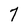
Character: 7